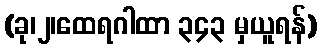
(ခု၊၂၊ထေရဂါထာ ၃၄၃ မှယူရန်)